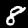
Digit: 8